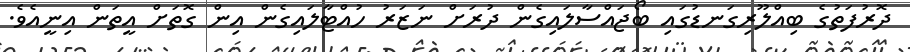
ދޮރުފަތުގެ ބިއްލޫރިގަނޑުގައި ބޯޖައްސާލައިގެން ދުރަށް ނަޒަރު ހުއްޓާލައިގެން އިން ގޮތަށް އީތަން އިނީއެވެ.